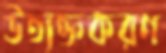
উত্যক্তকরণ